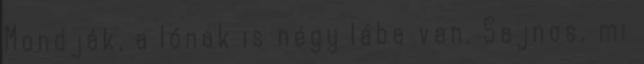
Mondják, a lónak is négy lába van. Sajnos, mi